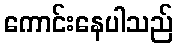
ကောင်းနေပါသည်